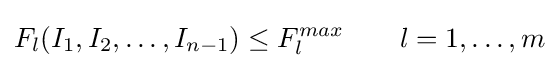
F_{l}(I_{1},I_{2},\dots ,I_{n-1})\leq F_{l}^{max}\qquad l=1,\dots ,m